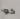
كو